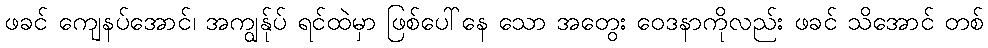
ဖခင် ကျေနပ်အောင်၊ အကျွန်ုပ် ရင်ထဲမှာ ဖြစ်ပေါ်နေ သော အတွေး ဝေဒနာကိုလည်း ဖခင် သိအောင် တစ်